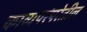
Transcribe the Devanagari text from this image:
काव्यपरंपरेतील